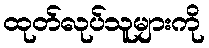
ထုတ်လုပ်သူများကို